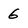
Character: 6